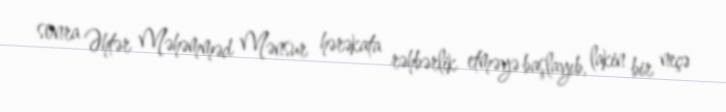
sonra Əhtər Məhəmməd Mənsur hərəkata rəhbərlik etməyə başlayıb, lakin bir neçə